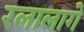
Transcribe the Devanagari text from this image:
रलालागे